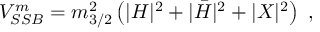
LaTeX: V _ { S S B } ^ { m } = m _ { 3 / 2 } ^ { 2 } \left( | H | ^ { 2 } + | \bar { H } | ^ { 2 } + | X | ^ { 2 } \right) ~ ,